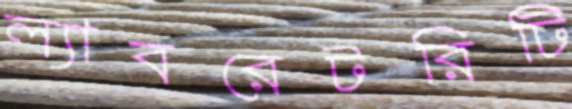
ল্যাবরেটরিটি